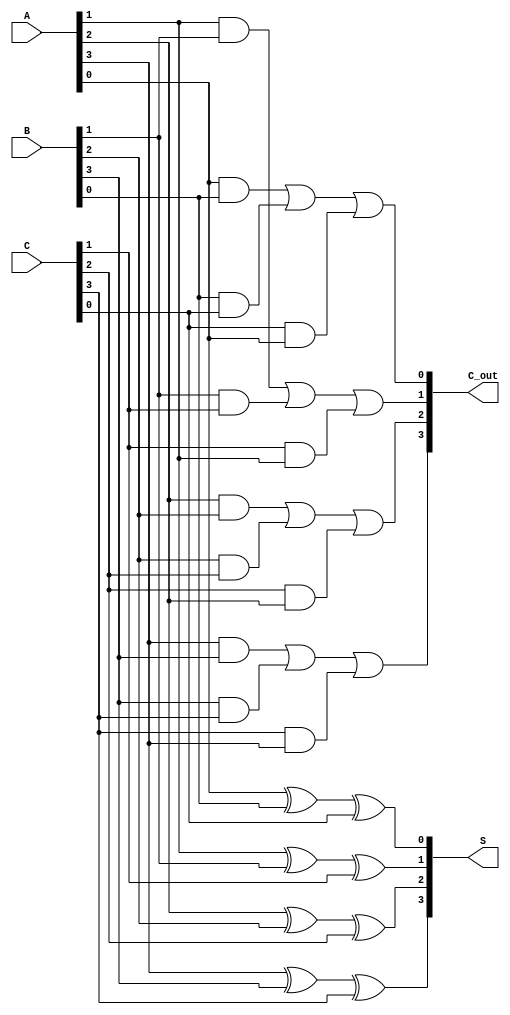
module ripple_carry_save_adder #(parameter n = 4) (
    input  [n-1:0] A,
    input  [n-1:0] B,
    input  [n-1:0] C,
    output [n-1:0] S, // Partial Sum
    output [n-1:0] C_out // Carry Output
);

// Intermediate wire for carry output from each bit
wire [n-1:0] carry;

// Generate the carry-save addition logic
genvar i;
generate
    for (i = 0; i < n; i = i + 1) begin : CSA
        // Partial Sum is calculated using XOR gates
        assign S[i] = A[i] ^ B[i] ^ C[i];
        
        // Carry is calculated using the carry-save logic
        assign carry[i] = (A[i] & B[i]) | (B[i] & C[i]) | (C[i] & A[i]);
    end
endgenerate

// The final carry output will be the carry from the last bit
assign C_out = carry;

endmodule